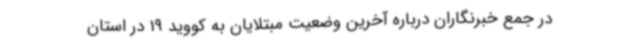
در جمع خبرنگاران درباره آخرین وضعیت مبتلایان به کووید 19 در استان